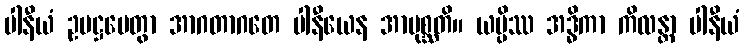
ပါနီယံ ဥပဋ္ဌပေတွာ အာဂတာဂတေ ပါနီယေန အာပုစ္ဆတိ။ ယမ္ပိဿ အဒ္ဓိကာ ကိလန္တာ ပါနီယံ